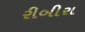
રીબીરા